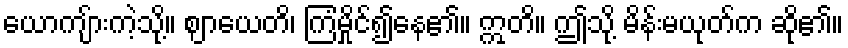
ယောကျ်ားကဲ့သို့။ ဈာယေတိ၊ ကြံမှိုင်၍နေ၏။ ဣတိ။ ဤသို့ မိန်းမယုတ်က ဆို၏။